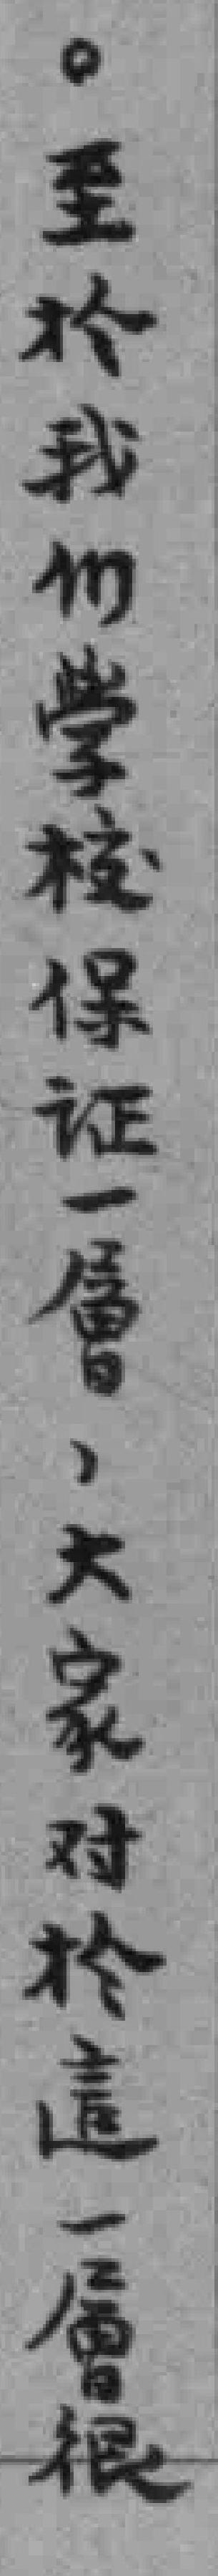
。至於我们学校保证一層，大家对於這一層根